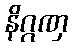
နိဂ္ဂဏှ